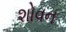
શોવન